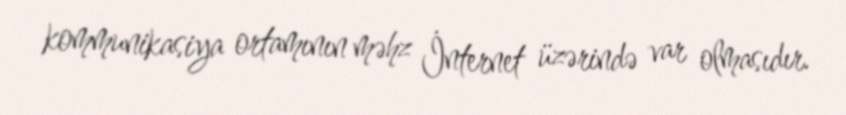
kommunikasiya ortamının məhz İnternet üzərində var olmasıdır.